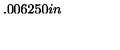
\setlength { \unitlength } { 0 . 0 0 6 2 5 0 i n }